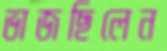
ভাজছিলেন